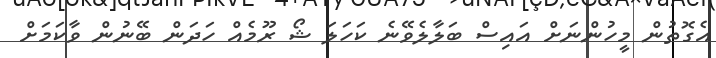
އެގޮތުން މީހުންނަށް އައިސް ބަލާލެވޭނެ ކަހަލަ ޝޯ ރޫމެއް ހަދަން ބޭނުން ވާކަމަށް